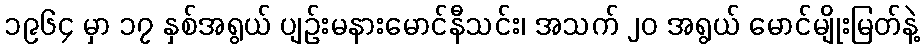
၁၉၆၄ မှာ ၁၇ နှစ်အရွယ် ပျဉ်းမနားမောင်နီသင်း၊ အသက် ၂၀ အရွယ် မောင်မျိုးမြတ်နဲ့